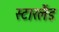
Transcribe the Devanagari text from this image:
स्टारलैंड